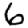
Digit: 6